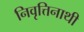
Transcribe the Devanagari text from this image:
निवृत्तिनाथी